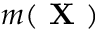
m ( \textbf { X } )